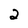
Character: 2